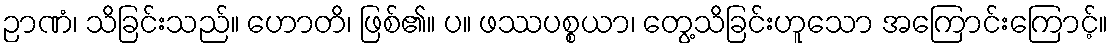
ဉာဏံ၊ သိခြင်းသည်။ ဟောတိ၊ ဖြစ်၏။ ပ။ ဖဿပစ္စယာ၊ တွေ့သိခြင်းဟူသော အကြောင်းကြောင့်။